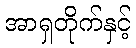
အာရှတိုက်နှင့်